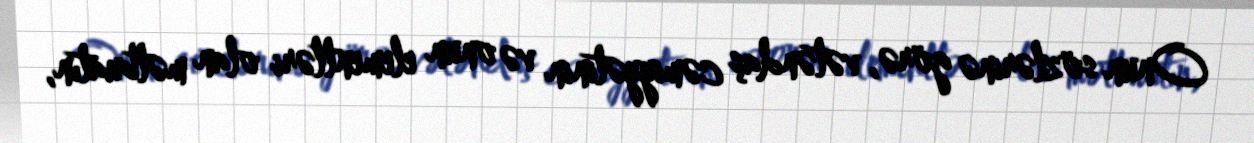
Onun sözlərinə görə, vətəndaş cəmiyyətinin və onun elementləri olan mətbuatın,